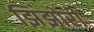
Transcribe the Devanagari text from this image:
झिंझोरी